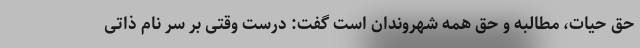
حق حیات، مطالبه و حق همه شهروندان است گفت: درست وقتی بر سر نام ذاتی